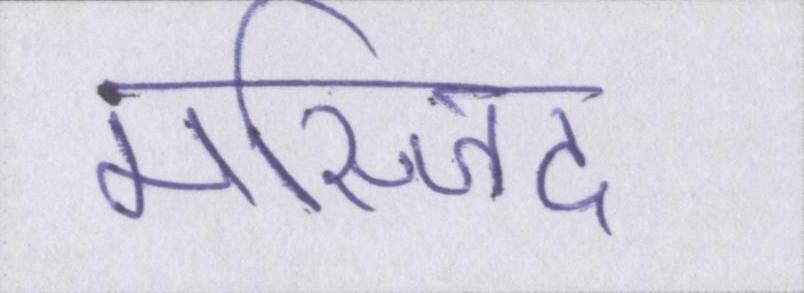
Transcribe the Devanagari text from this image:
मस्जिद